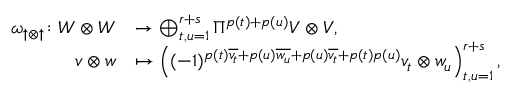
\begin{array} { r l } { \omega _ { \uparrow \otimes \uparrow } \colon W \otimes W } & { \to \bigoplus _ { t , u = 1 } ^ { r + s } \Pi ^ { p ( t ) + p ( u ) } V \otimes V , } \\ { v \otimes w } & { \mapsto \left( ( - 1 ) ^ { p ( t ) \overline { { v _ { t } } } + p ( u ) \overline { { w _ { u } } } + p ( u ) \overline { { v _ { t } } } + p ( t ) p ( u ) } v _ { t } \otimes w _ { u } \right) _ { t , u = 1 } ^ { r + s } , } \end{array}